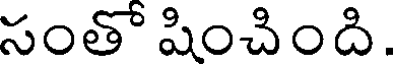
సంతో షించింది.